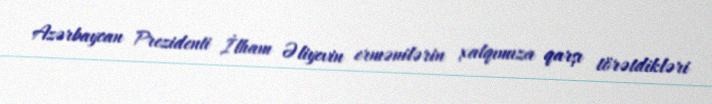
Azərbaycan Prezidenti İlham Əliyevin ermənilərin xalqımıza qarşı törətdikləri